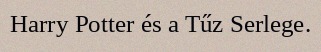
Harry Potter és a Tűz Serlege.